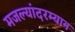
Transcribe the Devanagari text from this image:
मजल्यांदरम्यान